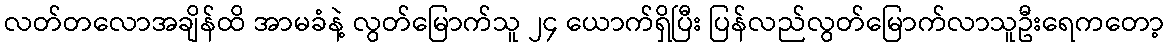
လတ်တလောအချိန်ထိ အာမခံနဲ့ လွတ်မြောက်သူ ၂၄ ယောက်ရှိပြီး ပြန်လည်လွတ်မြောက်လာသူဦးရေကတော့